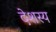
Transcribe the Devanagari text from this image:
देशस्य